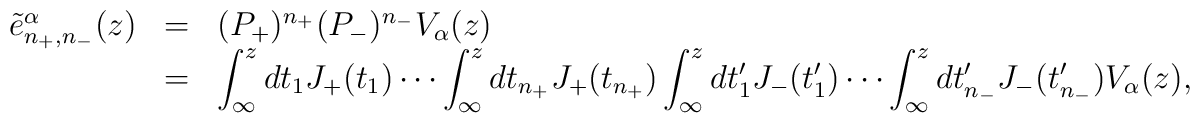
\begin{array}{rcl}\tilde{e}^\alpha_{n_+,n_-}(z) &=& (P_+)^{n_+}(P_-)^{n_-}V_\alpha(z)\\                              &=&\displaystyle\int^z_\infty dt_1J_+(t_1) \cdots                                  \int^z_\infty dt_{n_+}J_+(t_{n_+})                                  \int^z_\infty dt'_1J_-(t'_1)\cdots                                  \int^z_\infty dt'_{n_-}J_-(t'_{n_-})                                                V_\alpha(z),\end{array}